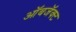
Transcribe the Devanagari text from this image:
ऑबजॅक्ट